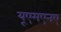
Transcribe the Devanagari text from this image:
यूएमएनए